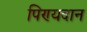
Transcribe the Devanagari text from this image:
पिण्यदान